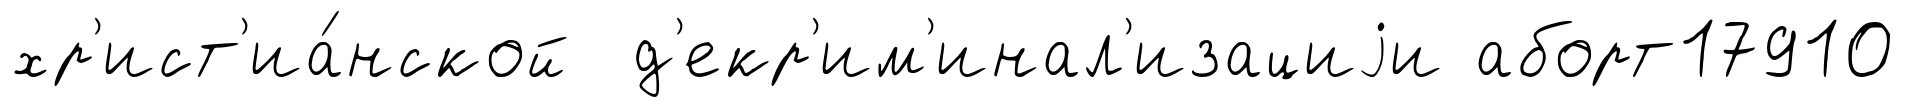
хр'ист'иа́нской д'екр'им'инал'изациjи аборт17910